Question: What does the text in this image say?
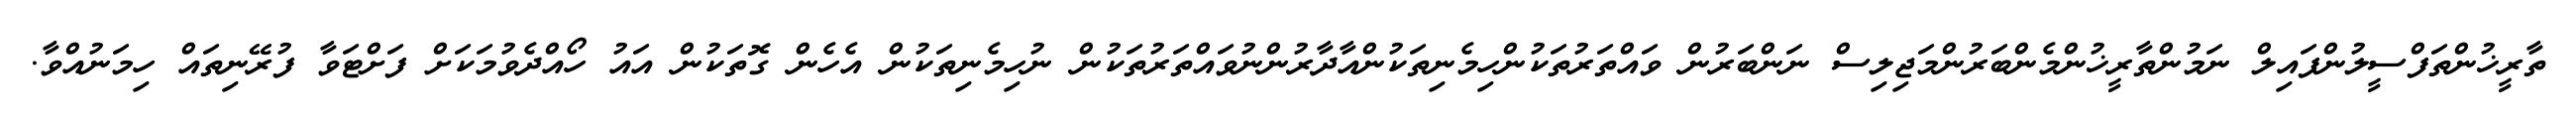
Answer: ތާރީޚުންތަފްސީލުންފައިލް ނަމުންތާރީޚުންމެންބަރުންމަޖިލިސް ނަންބަރުން ވައްތަރުތަކުންހިމެނިތަކުންއާދާރުންނުވައްތަރުތަކުން ނުހިމެނިތަކުން އެހެން ގޮތަކުން އައު ހޯއްދެވުމަކަށް ފަށްޓަވާ ފުރޭނިތައް ހިމަނުއްވާ.